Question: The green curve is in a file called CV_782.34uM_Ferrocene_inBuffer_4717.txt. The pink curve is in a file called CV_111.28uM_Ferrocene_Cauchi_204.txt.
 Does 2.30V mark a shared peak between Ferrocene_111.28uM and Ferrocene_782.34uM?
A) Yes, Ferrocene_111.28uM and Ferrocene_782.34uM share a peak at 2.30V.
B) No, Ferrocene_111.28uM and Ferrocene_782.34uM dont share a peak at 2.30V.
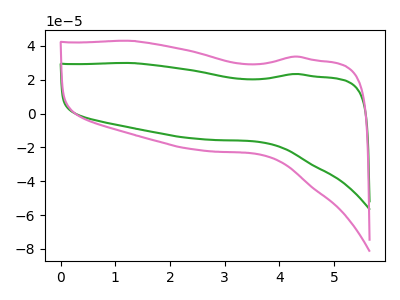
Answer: <think>The green curve "Ferrocene_782.34uM" has no peaks. The pink curve "Ferrocene_111.28uM" has no peaks.</think>
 <answer>B) No, "Ferrocene_111.28uM" and "Ferrocene_782.34uM" dont share a peak at 2.30V.</answer>
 <eval>B</eval>